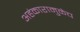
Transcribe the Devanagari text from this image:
अहंकारामुळेच